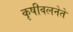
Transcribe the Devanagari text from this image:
कृषीवलनेते